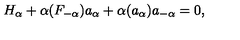
H _ { \alpha } + \alpha ( F _ { - \alpha } ) a _ { \alpha } + \alpha ( a _ { \alpha } ) a _ { - \alpha } = 0 ,